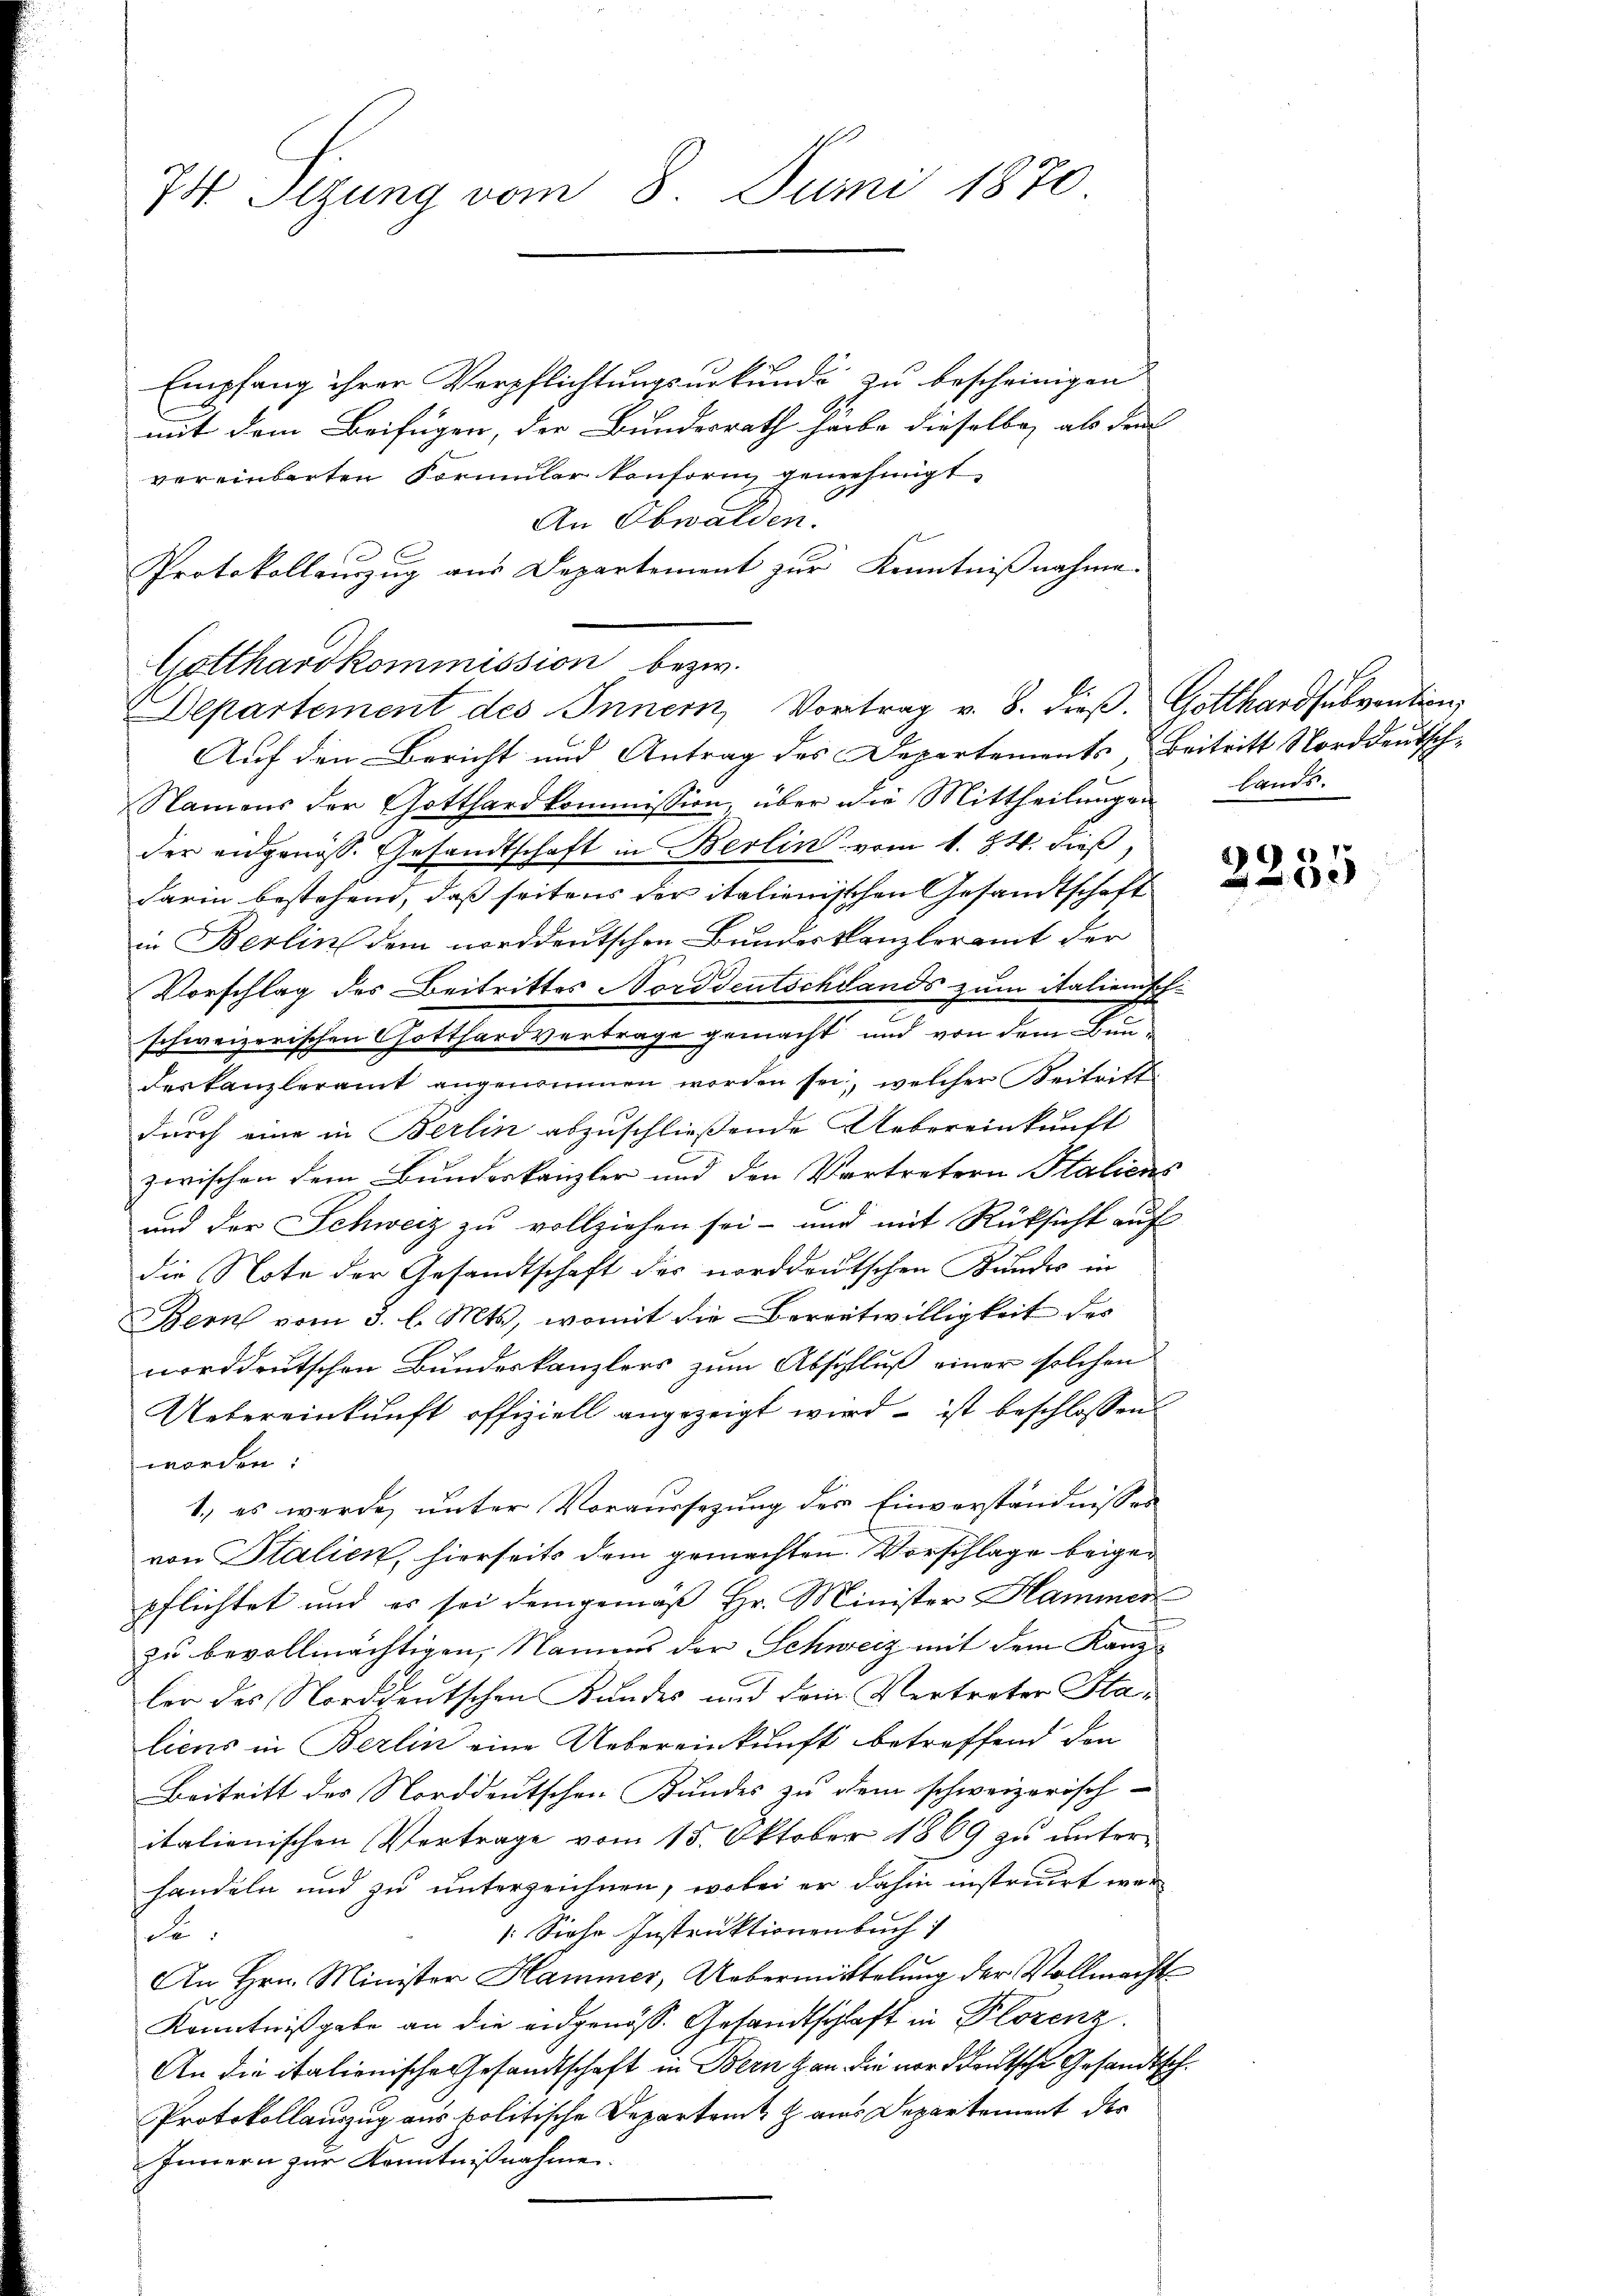
74 Sitzung vom 8. Juni 1870

Empfang ihrer Verpflichtungsurkunde zu bescheinigen
mit dem Beifügen, der Bundesrath habe dieselbe, als dem
vereinbarten Formular konform genehmigt,
An Obwalden.
Protokollauszug aus Departement zur Kenntnißnahme.
Gotthardkommission bezw.
Departement des Innern, Vortrag v. 8. dieß Gotthardsubvention,
Auf den Bericht und Antrag des Departements, Beitritt Norddeutsch¬
Namens der Gotthardkommission, über die Mittheilungen lands.
der eidgenöss. Gesandtschaft in Berlin vom 1. 24. dieß,
darin bestehend, daß seitens der italienischen Gesandtschaft
in Berlin dem norddeutschen Bundeskanzleramt der
Vorschlag des Beitrittes Norddeutschlands zum italienisch-
schweizerischen Gotthardvertrage gemacht und von dem Bundeskanzleramt angenommen worden sei, welcher Beitritt
durch eine in Berlin abzuschließende Uebereinkunft
zwischen dem Bundeskanzler und den Vertretern Italiens
und der Schweiz zu vollziehen sei- und mit Rücksicht auf
die Note der Gesandtschaft der norddeutschen Kundes in
Bern vom 3. l. Mts., womit die Bereitwilligkeit des
norddeutschen Bundeskanzlers zum Abschluß einer solchen
Uebereinkunft offiziell angezeigt wird – ist beschlossen:
worden:
1. es werde, unter Voraussezung der Einverständnisses
von Stalien, hierseits dem gemachten Vorschlage beigepflichtet und es sei demgemäß Hr. Minister Hammen
f
zu bevollmächtigen, Namens der Schweiz mit dem Kanzler des Norddeutschen Kundes und dem Vertreter Staliens in Berlin eine Uebereinkunft betreffend den
Beitritt des Norddeutschen Bundes zu dem schweizerisch-
italienischen Vertrage vom 15. Oktober 1869 zu unterhandeln und zu unterzeichnen, wobei er dahin instruirt wer¬
[Siehe Instruktionenbuch)
de
An Hrn. Minister Hammer, Uebermittelung der Vollmacht
Kenntnißgabe an die eidgenöss. Gesandtschlaft in Florenz
An die italienische Gesandtschaft in Bern an die norddeutsche Gesandtsch
Protokollauszug aus politische Departent  aus Departement der
Innern zur Kenntnißnahme.

2255

2